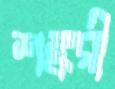
শঙ্করী